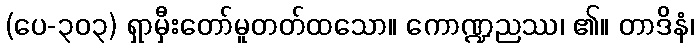
(ပေ-၃၀၃) ရှာမှီးတော်မူတတ်ထသော။ ကောဏ္ဍညဿ၊ ၏။ တာဒိနံ၊